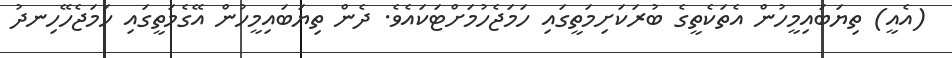
(އެއީ) ތިޔަބައިމީހުން އެތަކެތީގެ ބުރަކަށިމަތީގައި ހަމަޖެހުމަށްޓަކައެވެ. ދެން ތިޔަބައިމީހުން އޭގެމަތީގައި ހަމަޖެހޭހިނދު